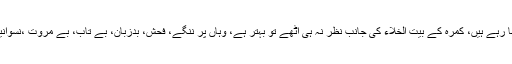
کچھ پُرامید الفاظ بھی کمرے میں موجود چراغ کی لو بن کر ٹمٹما رہے ہیں، کمرہ کے بیت الخلاء کی جانب نظر نہ ہی اٹھے تو بہتر ہے، وہاں پر ننگے، فحش، بدزبان، بے تاب، بے مروت ،نسوانیت اور جنسی عمل سے بھرپورلفظوں نے ڈیرے ڈال رکھے ہیں۔